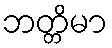
ဘတ္တိမာ